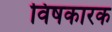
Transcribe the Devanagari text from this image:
विषकारक